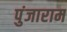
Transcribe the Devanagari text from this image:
पुंजाराम